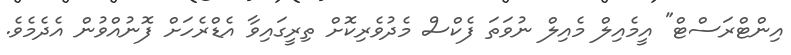
އިންޓްރަސްޓް" އީމެއިލް މެއިލް ނުވަތަ ފެކްސް މެދުވެރިކޮށް ތިރީގައިވާ އެޑްރެހަށް ފޮނުއްވުން އެދެމެވެ.